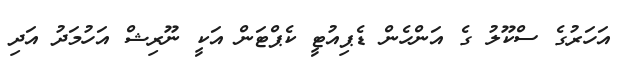
އަހަރުގެެ ސްކޫލު ގެ އަންހެން ޑެޕިއުޓީ ކެޕްޓަން އަކީ ނޫރިޝް އަހުމަދު އަދި